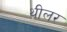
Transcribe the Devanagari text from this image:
थीलर